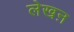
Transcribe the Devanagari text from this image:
लेखऩ